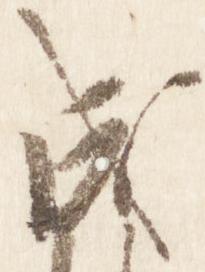
成